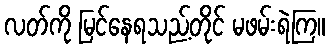
လတ်ကို မြင်နေရသည့်တိုင် မဖမ်းရဲကြ။